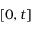
[ 0 , t ]